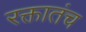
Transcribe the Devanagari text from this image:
रक्तातंच